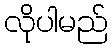
လိုပါမည်